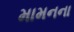
મામનના